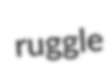
ruggle